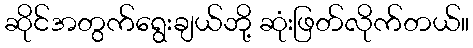
ဆိုင်အတွက်ရွေးချယ်ဘို့ ဆုံးဖြတ်လိုက်တယ်။